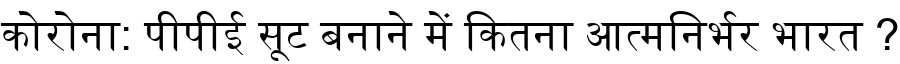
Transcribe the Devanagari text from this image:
कोरोना: पीपीई सूट बनाने में कितना आत्मनिर्भर भारत ?